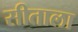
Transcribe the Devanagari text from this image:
सीताला